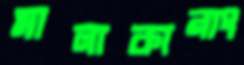
মালাকানাং